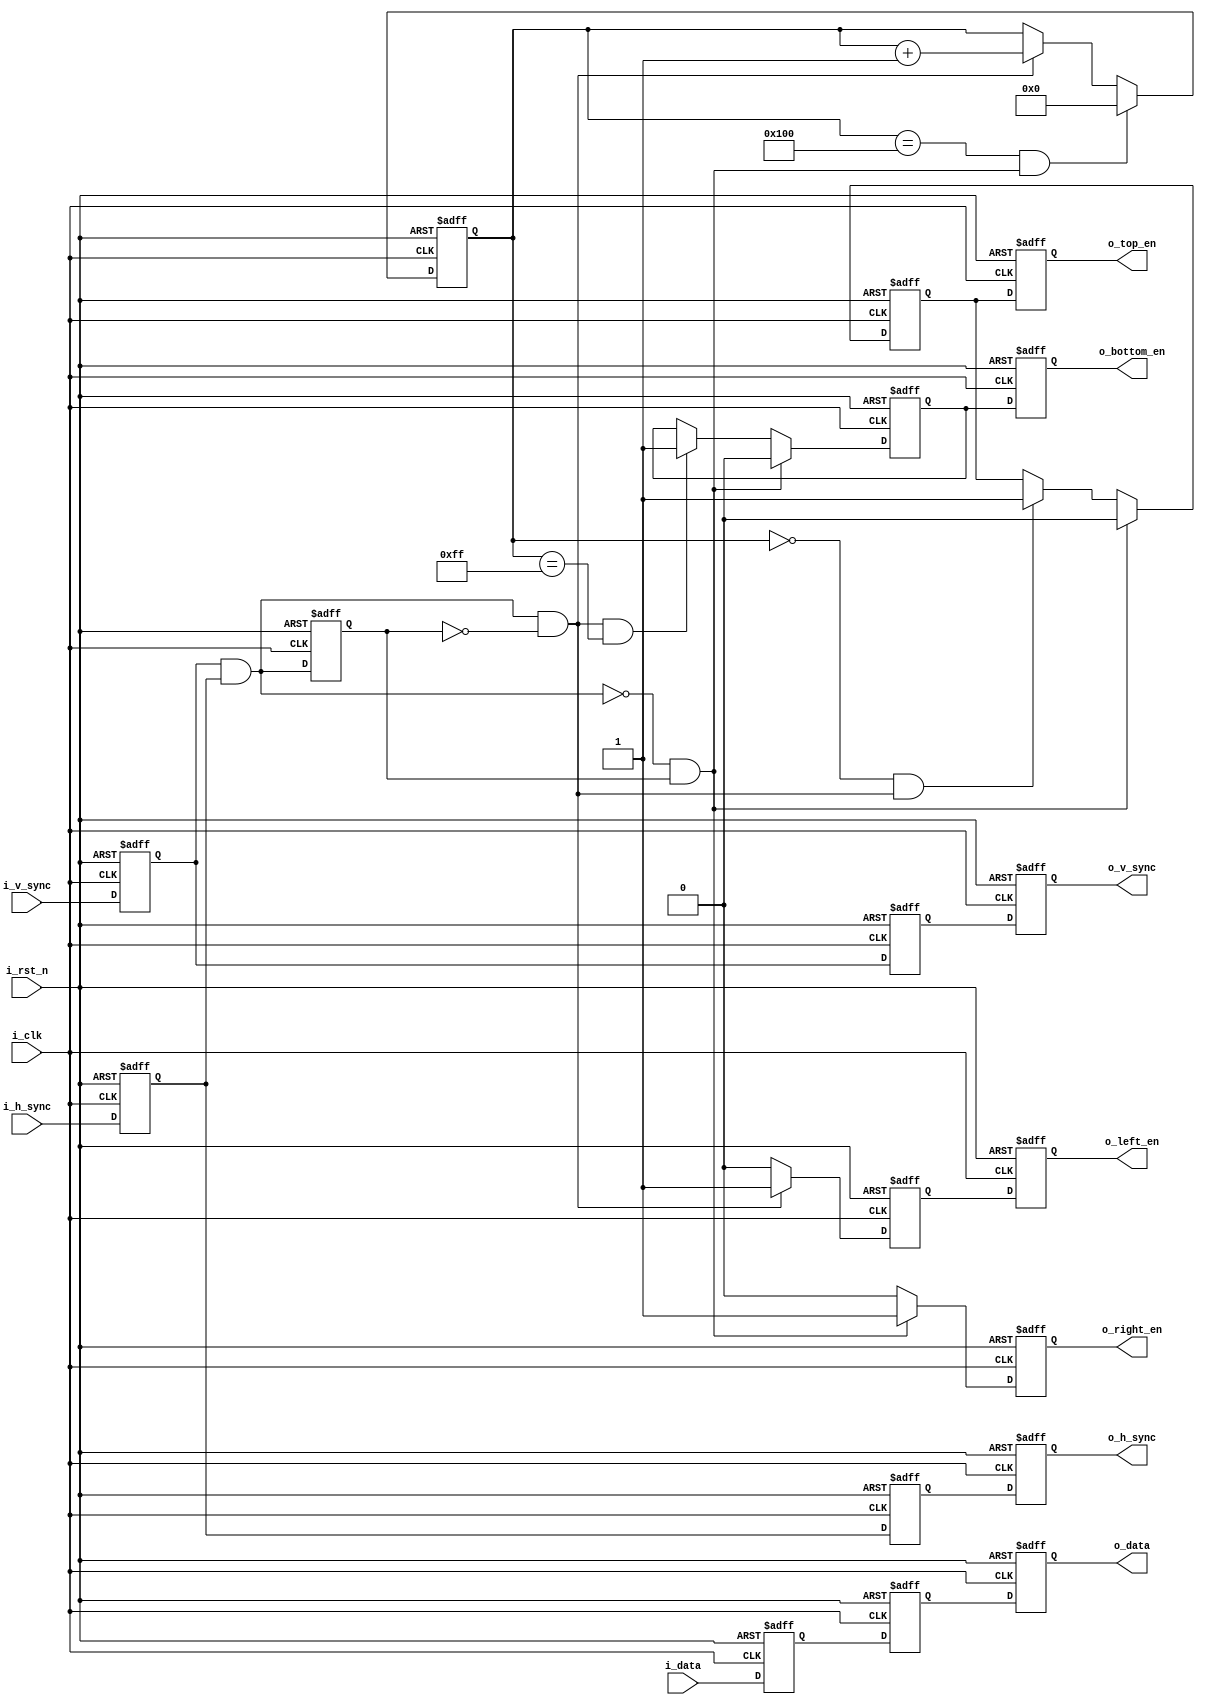
`timescale 1ns / 1ps
//////////////////////////////////////////////////////////////////////////////////
// Company: 
// 
// Design Name: 
// Module Name: frame_insert_edge
// Project Name: 
// Target Devices: 
// Tool Versions: 
// Description: 
// 
// Dependencies: 
// 
// Revision:
// Revision 0.01 - File Created
// Additional Comments:
// 
//////////////////////////////////////////////////////////////////////////////////


module frame_insert_edge
#(
    parameter          P_DATA_WIDTH     = 20    ,
    parameter          P_IMAGE_HEIGHT   = 256  
)
(
    input                       i_clk       ,
    input                       i_rst_n     ,
    input                       i_h_sync    ,
    input                       i_v_sync    ,
    input   [P_DATA_WIDTH-1:0]  i_data      ,

    output                      o_h_sync    ,
    output                      o_v_sync    ,
    output  [P_DATA_WIDTH-1:0]  o_data      ,
    output                      o_left_en   ,
    output                      o_right_en  ,
    output                      o_top_en    ,
    output                      o_bottom_en 
);

//input registers
reg                         ri_h_sync           ;
reg                         ri_v_sync           ;
reg     [P_DATA_WIDTH-1:0]  ri_data             ;
reg                         ri_h_sync_1d        ;
reg                         ri_v_sync_1d        ;
reg     [P_DATA_WIDTH-1:0]  ri_data_1d          ;

//output registers
reg                         ro_h_sync           ;
reg                         ro_v_sync           ;
reg     [P_DATA_WIDTH-1:0]  ro_data             ;
reg                         ro_left_en          ;
reg                         ro_left_en_1d       ;
reg                         ro_right_en         ;
reg                         ro_top_en           ;
reg                         ro_top_en_1d        ;
reg                         ro_bottom_en        ;
reg                         ro_bottom_en_1d     ;

//temporary registers
reg     [15:0]              r_rows_cnt          ;
reg                         r_valid_h_sync_1d   ;
// reg     [15:0]              r_count_rows_cnt    ;

wire                        w_valid_h_sync      ;
wire                        w_valid_h_sync_pos  ;
wire                        w_valid_h_sync_neg  ;

assign o_h_sync   = ro_h_sync       ;
assign o_v_sync   = ro_v_sync       ;
assign o_data     = ro_data         ;
assign o_left_en  = ro_left_en_1d   ;
assign o_right_en = ro_right_en     ;
assign o_top_en   = ro_top_en_1d    ;
assign o_bottom_en= ro_bottom_en_1d ;

assign w_valid_h_sync = ri_v_sync && ri_h_sync;
assign w_valid_h_sync_pos = w_valid_h_sync && !r_valid_h_sync_1d;
assign w_valid_h_sync_neg = !w_valid_h_sync && r_valid_h_sync_1d;

// always @(posedge i_clk or negedge i_rst_n) begin
//     if(~i_rst_n) 
//         r_count_rows_cnt <= 16'd0;
//     else if(!ro_v_sync)
//         r_count_rows_cnt <= 16'd0;
//     else if(ro_left_en_1d)
//         r_count_rows_cnt <= r_count_rows_cnt + 16'd1;
//     else
//         r_count_rows_cnt <= r_count_rows_cnt;
// end

always @(posedge i_clk or negedge i_rst_n) begin
    if(~i_rst_n) begin
        ri_h_sync   <= 1'b0;
        ri_v_sync   <= 1'b0;
        ri_data     <=  'b0;
        r_valid_h_sync_1d <= 1'b0;
        ri_h_sync_1d <= 1'b0;
        ri_v_sync_1d <= 1'b0;
        ri_data_1d   <=  'd0;
        ro_left_en_1d <= 1'b0;
        ro_top_en_1d  <= 1'b0;
        ro_bottom_en_1d  <= 1'b0;
    end else begin
        ri_h_sync   <= i_h_sync;
        ri_v_sync   <= i_v_sync;
        ri_data     <= i_data  ;
        r_valid_h_sync_1d <= w_valid_h_sync;
        ri_h_sync_1d <= ri_h_sync;
        ri_v_sync_1d <= ri_v_sync;
        ri_data_1d   <= ri_data  ;
        ro_left_en_1d <= ro_left_en;
        ro_top_en_1d  <= ro_top_en;
        ro_bottom_en_1d  <= ro_bottom_en;
    end
end

always @(posedge i_clk or negedge i_rst_n) begin
    if(~i_rst_n)
        r_rows_cnt  <=  16'b0;
    else if(r_rows_cnt == P_IMAGE_HEIGHT && w_valid_h_sync_neg)
        r_rows_cnt  <=  16'b0;
    else if(w_valid_h_sync_pos)
        r_rows_cnt  <=  r_rows_cnt + 16'd1;
    else
        r_rows_cnt  <=  r_rows_cnt;
end


always @(posedge i_clk or negedge i_rst_n) begin
    if(~i_rst_n)
        ro_left_en   <=  1'b0;
    else if(w_valid_h_sync_pos)
        ro_left_en   <=  1'b1;
    else
        ro_left_en   <=  1'b0;
end

always @(posedge i_clk or negedge i_rst_n) begin
    if(~i_rst_n)
        ro_right_en   <=  1'b0;
    else if(w_valid_h_sync_neg)
        ro_right_en   <=  1'b1;
    else
        ro_right_en   <=  1'b0;
end

always @(posedge i_clk or negedge i_rst_n) begin
    if(~i_rst_n)
        ro_top_en   <=  1'b0;
    else if(w_valid_h_sync_neg)
        ro_top_en   <=  1'b0;
    else if(r_rows_cnt == 16'd0 && w_valid_h_sync_pos)
        ro_top_en   <=  1'b1;
    else
        ro_top_en   <=  ro_top_en;
end

always @(posedge i_clk or negedge i_rst_n) begin
    if(~i_rst_n)
        ro_bottom_en   <=  1'b0;
    else if(w_valid_h_sync_neg)
        ro_bottom_en   <=  1'b0;
    else if(w_valid_h_sync_pos && r_rows_cnt == P_IMAGE_HEIGHT-1)
        ro_bottom_en   <=  1'b1;
    else
        ro_bottom_en   <=  ro_bottom_en;
end

always @(posedge i_clk or negedge i_rst_n) begin
    if(~i_rst_n) begin
        ro_h_sync <= 1'b0;
        ro_v_sync <= 1'b0;
        ro_data   <=  'b0;
    end else begin
        ro_h_sync <= ri_h_sync_1d;
        ro_v_sync <= ri_v_sync_1d;
        ro_data   <= ri_data_1d  ;
    end
end
endmodule